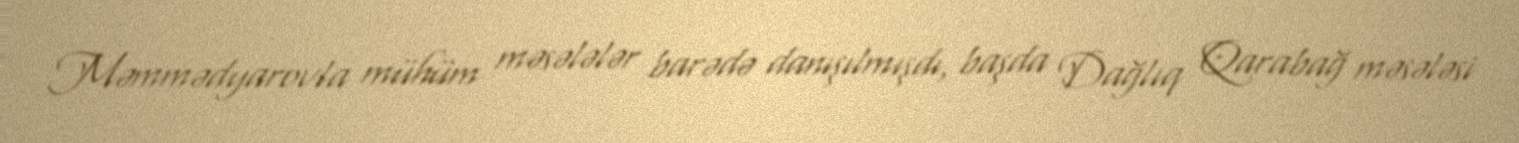
Məmmədyarovla mühüm məsələlər barədə danışılmışdı, başda Dağlıq Qarabağ məsələsi